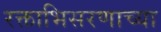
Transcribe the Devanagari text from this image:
रक्ताभिसरणाच्या